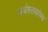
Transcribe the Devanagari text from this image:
अर्धशतकांच्या